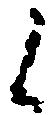
候